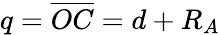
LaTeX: q=\overline{{OC}}=d+R_{A}